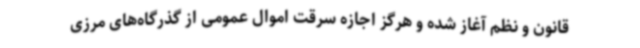
قانون و نظم آغاز شده و هرگز اجازه سرقت اموال عمومی از گذرگاه‌های مرزی